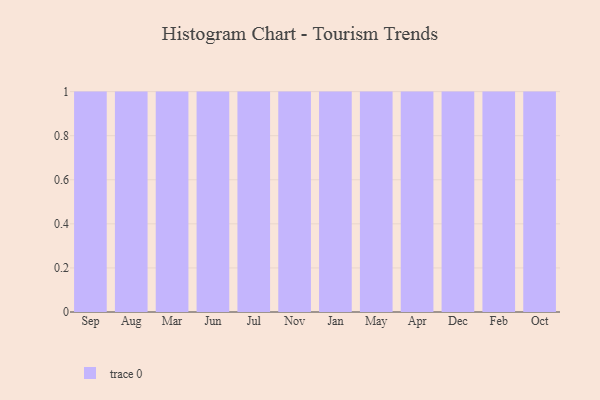
{"axis": {"x": "Month", "y": "Backlog"}, "legend": [""], "data": [{"x": "Sep", "y": 23, "type": ""}, {"x": "Aug", "y": 47, "type": ""}, {"x": "Mar", "y": 92, "type": ""}, {"x": "Jun", "y": 60, "type": ""}, {"x": "Jul", "y": 33, "type": ""}, {"x": "Nov", "y": 25, "type": ""}, {"x": "Jan", "y": 52, "type": ""}, {"x": "May", "y": 97, "type": ""}, {"x": "Apr", "y": 29, "type": ""}, {"x": "Dec", "y": 18, "type": ""}, {"x": "Feb", "y": 43, "type": ""}, {"x": "Oct", "y": 72, "type": ""}]}